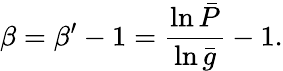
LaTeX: \beta=\beta^{\prime}-1=\frac{\ln\bar{P}}{\ln\bar{g}}-1.